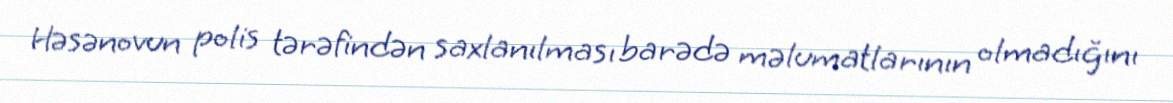
Həsənovun polis tərəfindən saxlanılması barədə məlumatlarının olmadığını